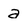
Character: a